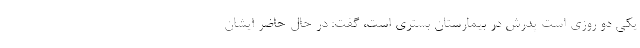
یکی دو روزی است پدرش در بیمارستان بستری است، گفت: در حال حاضر ایشان